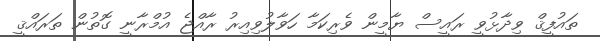
ތައުފީޤް ވިދާޅުވީ ރައީސް ޔާމީން ވެރިކަމާ ހަވާލުވިއިރު ރާއްޖެ އުމްރާނީ ގޮތުން ތަރައްޤީ